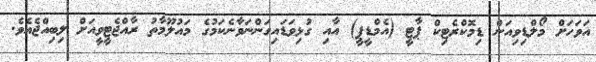
އަވަހަށް މޯލްޑިވިއަން ޑިމޮކްރެޓިކް ޕާޓީ (އެމްޑީޕީ) އާއި ގުޅިވަޑައިގަންނަވާނެކަމުގެ މައުލޫމާތު ރާއްޖެޓީވީއަށް ލިބިއްޖެއެވެ.